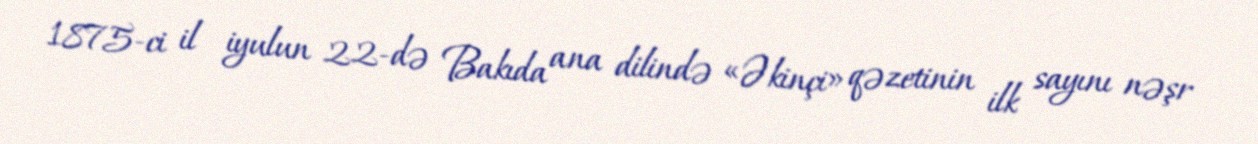
1875-ci il iyulun 22-də Bakıda ana dilində «Əkinçi» qəzetinin ilk sayını nəşr